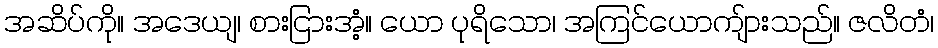
အဆိပ်ကို။ အဒေယျ၊ စားငြားအံ့။ ယော ပုရိသော၊ အကြင်ယောကျ်ားသည်။ ဇလိတံ၊